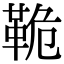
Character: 𩊛